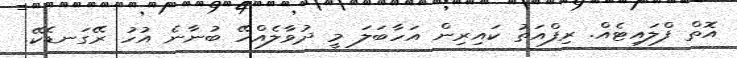
އޮތް ފްލައިޓެއް. ރިފްއަތު ކައިރިން އަހާބަލަ މީ ދުވާލެއްހޭ ބުނާނެ އުހު ރޭގަނޑެކޭ.